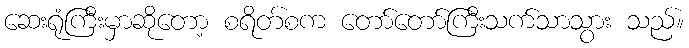
ဆေးရုံကြီးမှာဆိုတော့ စရိတ်စက တော်တော်ကြီးသက်သာသွား သည်။